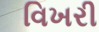
વિખરી